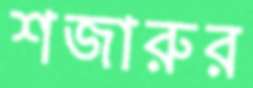
শজারুর